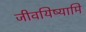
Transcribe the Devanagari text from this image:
जीवयिष्यामि